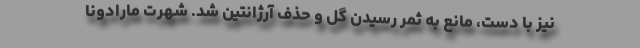
نیز با دست، مانع به ثمر رسیدن گل و حذف آرژانتین شد. شهرت مارادونا